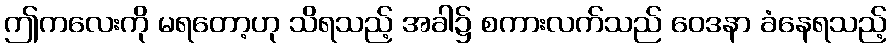
ဤကလေးကို မရတော့ဟု သိရသည့် အခါ၌ စကားလက်သည် ဝေဒနာ ခံနေရသည့်